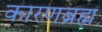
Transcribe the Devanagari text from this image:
कारणब्रह्म